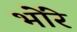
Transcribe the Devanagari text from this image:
भोंरे